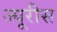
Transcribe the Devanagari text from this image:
ज्यूरीस